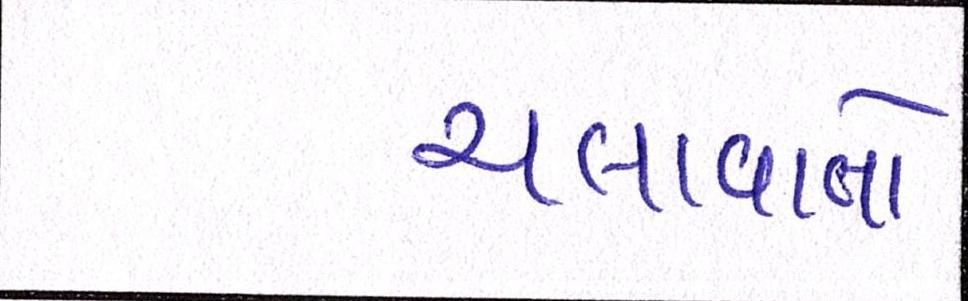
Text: ચલાવાતો